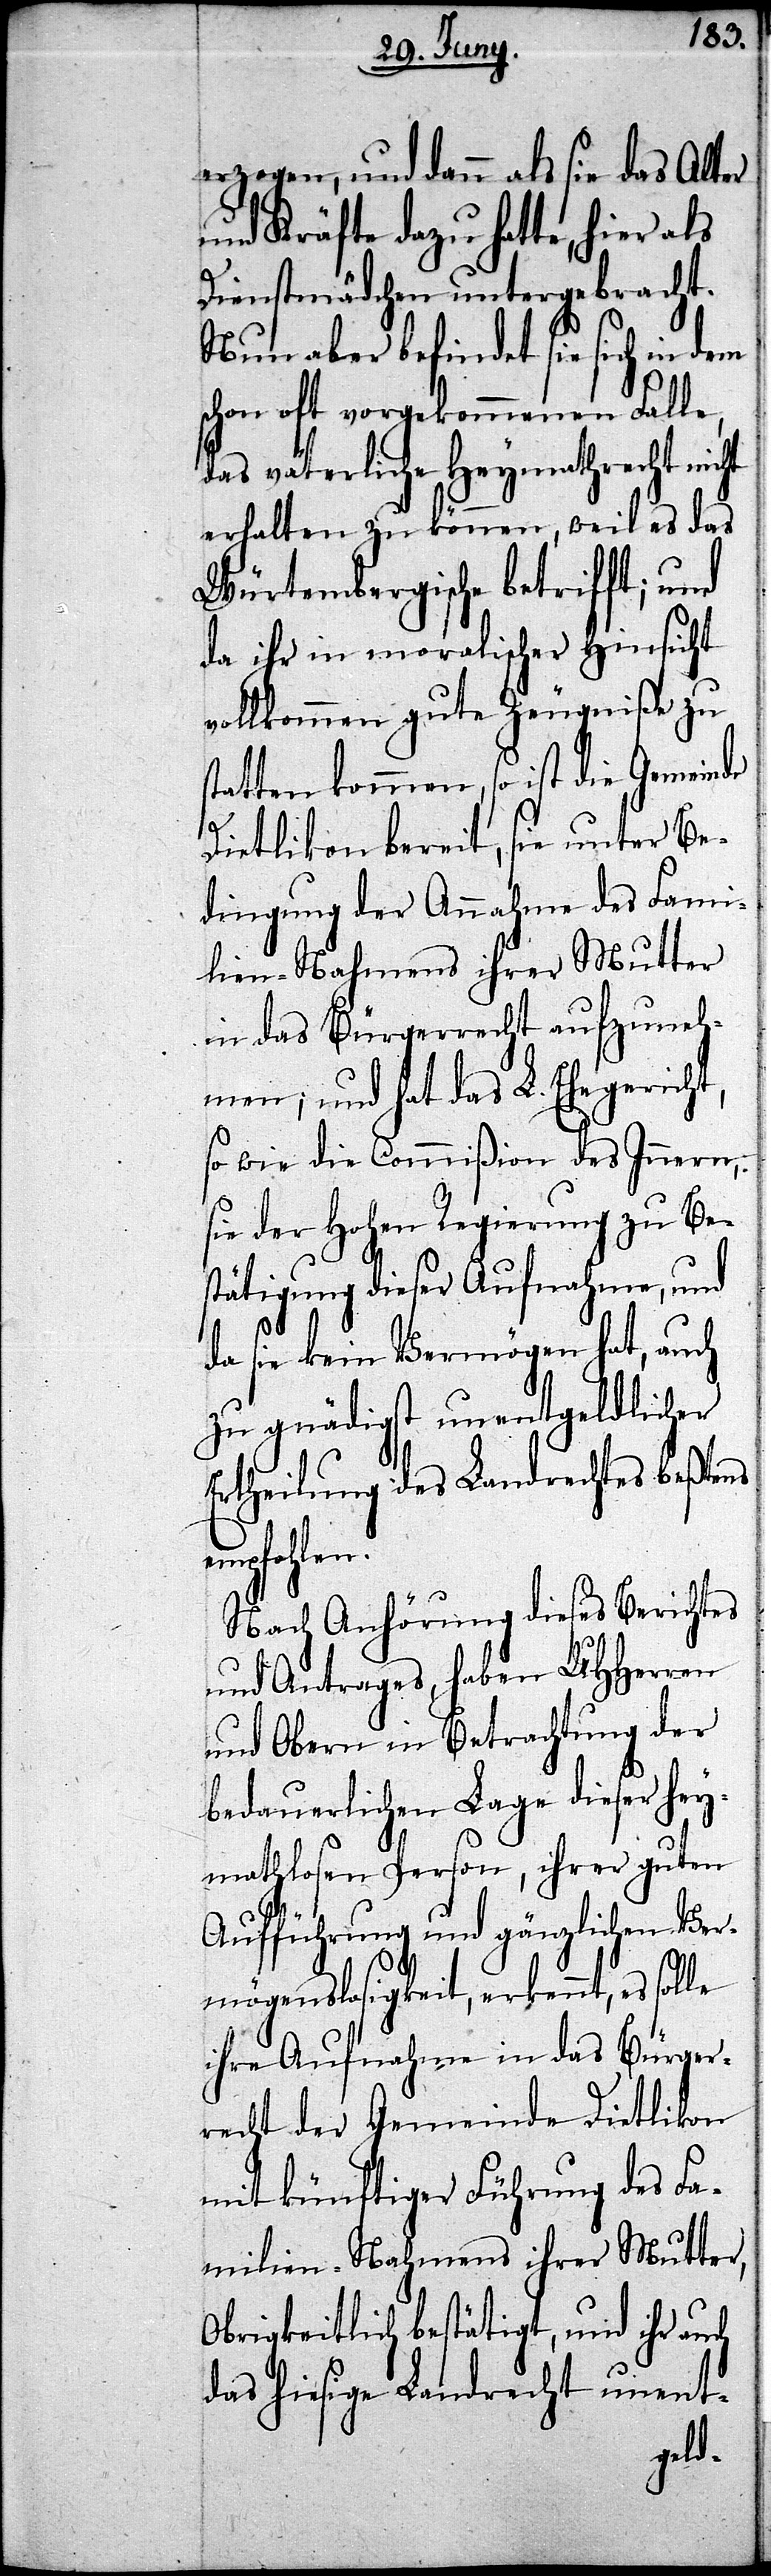
erzogen, und dann als sie das Alter
und Kräfte dazu hatte, hier als
Dienstmädchen untergebracht.
Nun aber befindet sie sich in
schon oft vorgekommenen Falle,
das väterliche Heymathrecht nicht
erhalten zu können, weil es das
Würtembergische betrifft; und
da ihr in moralischer Hinsicht
vollkommen gute Zeugniße zu
statten kommen, so ist die Gemeinde
Dietlikon bereit, sie unter Be¬
dingung der Annahme des Fami¬
lien-Nahmens ihrer Mutter
in das Bürgerrecht aufzuneh¬
men; und hat das L. Ehegericht,
so wie die Commißion des Innern,
sie der Hohen Regierung zu Bes¬
tätigung dieser Aufnahme, und
da sie kein Vermögen hat, auch
zu gnädigst um unentgeldlicher
Ertheilung des Landrechtes beßtens
empfohlen.
Nach Anhörung dieses Berichtes
und Antrages, haben UHHerren
und Obern in Betrachtung der
bedauerlichen Lage dieser hey¬
mathlosen Person, ihrer guten
Aufführung und gänzlichen Ver¬
mögenslosigkeit, erkennt, es solle
ihre Aufnahme in das Bürger¬
recht der Gemeinde Dietlikon
mit künftiger Führung des Fa¬
milien-Nahmens ihrer Mutter,
Obrigkeitlich bestätigt, und ihr auch
das hiesige Landrecht unent-